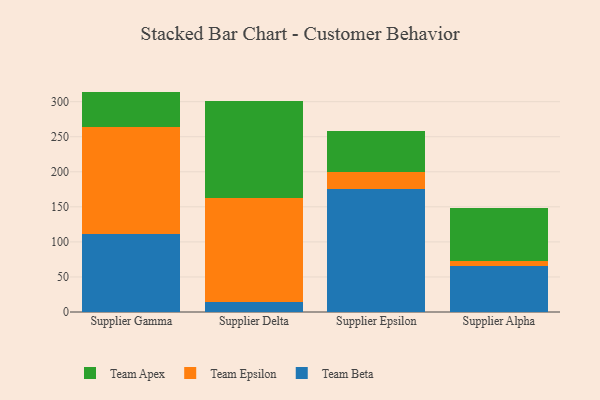
{"axis": {"x": "Supplier", "y": "Humidity (%)"}, "legend": ["Team Apex", "Team Beta", "Team Epsilon"], "data": [{"x": "Supplier Gamma", "y": 111.4, "type": "Team Beta"}, {"x": "Supplier Gamma", "y": 152.3, "type": "Team Epsilon"}, {"x": "Supplier Gamma", "y": 50.7, "type": "Team Apex"}, {"x": "Supplier Delta", "y": 14.6, "type": "Team Beta"}, {"x": "Supplier Delta", "y": 147.4, "type": "Team Epsilon"}, {"x": "Supplier Delta", "y": 139.5, "type": "Team Apex"}, {"x": "Supplier Epsilon", "y": 174.9, "type": "Team Beta"}, {"x": "Supplier Epsilon", "y": 24.9, "type": "Team Epsilon"}, {"x": "Supplier Epsilon", "y": 58.4, "type": "Team Apex"}, {"x": "Supplier Alpha", "y": 65.6, "type": "Team Beta"}, {"x": "Supplier Alpha", "y": 7.1, "type": "Team Epsilon"}, {"x": "Supplier Alpha", "y": 75.7, "type": "Team Apex"}]}